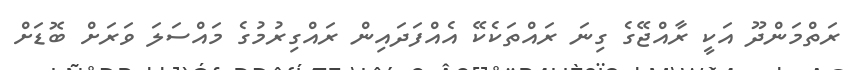
ރަތްމަންދޫ އަކީ ރާއްޖޭގެ ގިނަ ރައްތަކެކޭ އެއްފަދައިން ރައްގިރުމުގެ މައްސަލަ ވަރަށް ބޮޑަށް